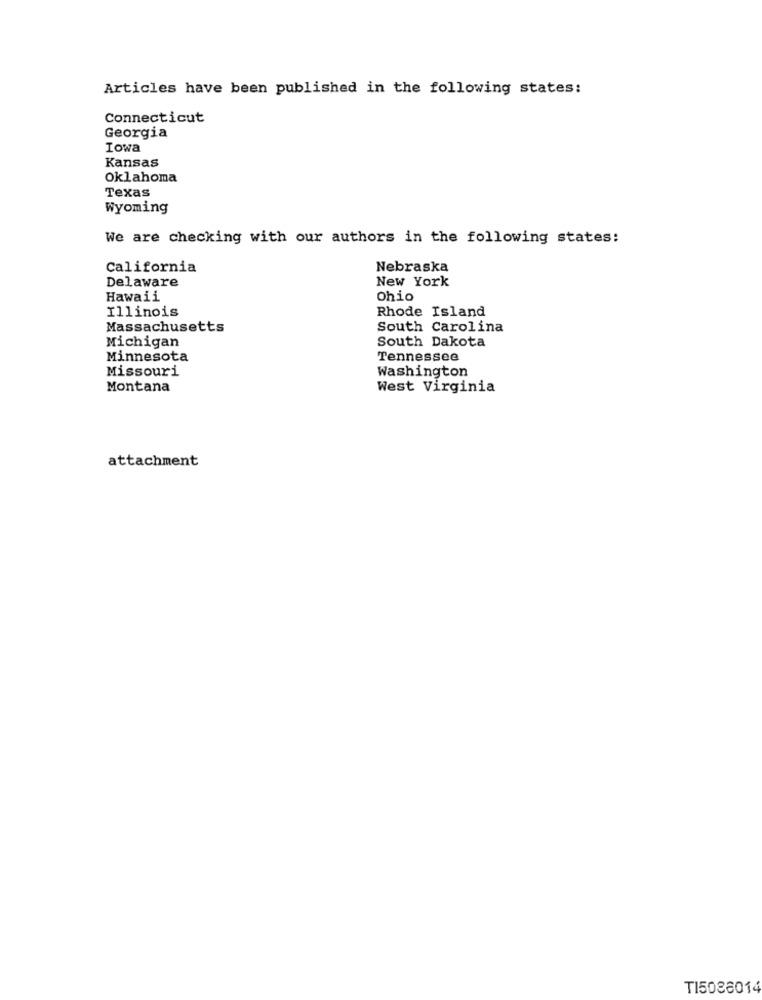
Articles have been published in the following states:
Connecticut
Georgia
Iowa
Kansas
Oklahoma
Texas
Wyoming
We are checking with our authors in the following states:
California
Nebraska
Delaware
New York
Hawaii
Ohio
Illinois
Rhode Island
Massachusetts
South Carolina
South Dakota
Michigan
Minnesota
Tennessee
Missouri
Washington
Montana
West Virginia
attachment
TI5038014